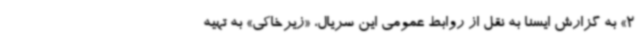
2» به گزارش ایسنا به نقل از روابط عمومی این سریال، «زیرخاکی» به تهیه